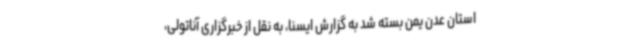
استان عدن یمن بسته شد به گزارش ایسنا، به نقل از خبرگزاری آناتولی،